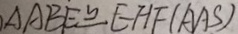
\Delta A B E \cong E H F ( A A S )